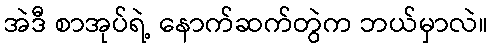
အဲဒီ စာအုပ်ရဲ့ နောက်ဆက်တွဲက ဘယ်မှာလဲ။